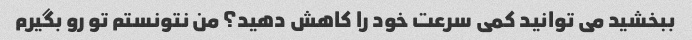
ببخشید می توانید کمی سرعت خود را کاهش دهید؟ من نتونستم تو رو بگیرم